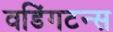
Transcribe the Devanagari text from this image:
वडिंगटन्स